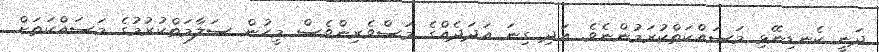
ދަނީ ކެނޑިނޭޅި މަސައްކަތްކުރަމުންނެވެ. އަދި ގިނަ އަދަދެއްގެ މަސްވެރިންވެސް މީހުން ސަލާމަތްކުރުމުގެ މަސައްކަތަށް